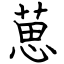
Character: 葸